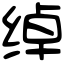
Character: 绰